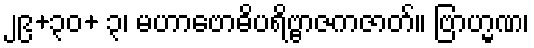
၂၉+၃၀+ ၃၊ မဟာဗောဓိပရိဗ္ဗာဇကဇာတ်။ ဗြာဟ္မဏ၊